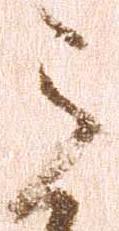
之